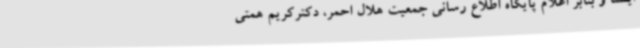
ایسنا و بنابر اعلام پایگاه اطلاع رسانی جمعیت هلال احمر، دکترکریم همتی